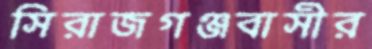
সিরাজগঞ্জবাসীর